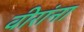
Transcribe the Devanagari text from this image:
वीरांना